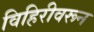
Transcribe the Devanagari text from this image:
विहिरीवरून